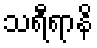
သရီရာနိ